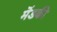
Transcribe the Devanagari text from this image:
मॆंडकी